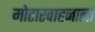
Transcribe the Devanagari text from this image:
मोटारवाहनाला